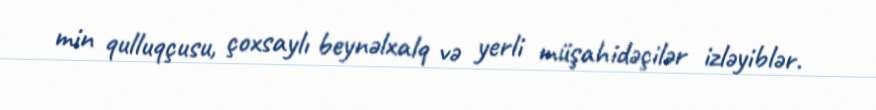
min qulluqçusu, çoxsaylı beynəlxalq və yerli müşahidəçilər izləyiblər.